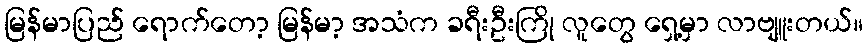
မြန်မာပြည် ရောက်တော့ မြန်မာ့ အသံက ခရီးဦးကြို လူတွေ ရှေ့မှာ လာဗျူးတယ်။